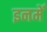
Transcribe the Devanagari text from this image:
इनमेँ